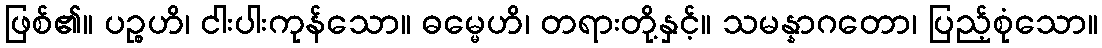
ဖြစ်၏။ ပဉ္စဟိ၊ ငါးပါးကုန်သော။ ဓမ္မေဟိ၊ တရားတို့နှင့်။ သမန္နာဂတော၊ ပြည့်စုံသော။